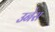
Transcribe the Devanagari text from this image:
उनेस